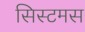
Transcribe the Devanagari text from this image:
सिस्टमस